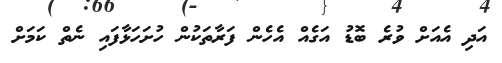
އަދި އެއަށް ވުރެ ބޮޑު އަގެއް އެހެން ފަރާތަކުން ހުށަހަޅާފައި ނެތް ކަމަށް